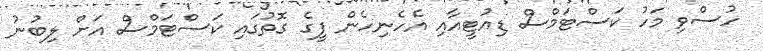
ހުސްވި މަހު ކަސްޓަމްސް ޑިއުޓީއާއި އެހެނިހެން ފީގެ ގޮތުގައި ކަސްޓަމްސް އަށް ލިބުނު